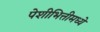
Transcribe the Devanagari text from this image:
पेशीभित्तीमध्ये